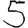
Digit: 5